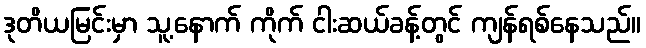
ဒုတိယမြင်းမှာ သူ့နောက် ကိုက် ငါးဆယ်ခန့်တွင် ကျန်ရစ်နေသည်။